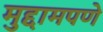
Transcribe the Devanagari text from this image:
मुद्दामपणे